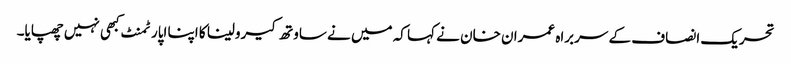
تحریک انصاف کے سربراہ عمران خان نے کہا کہ میں نے ساوتھ کیرولینا کا اپنا اپارٹمنٹ کبھی نہیں چھپایا۔